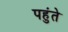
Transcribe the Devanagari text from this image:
पहुंते